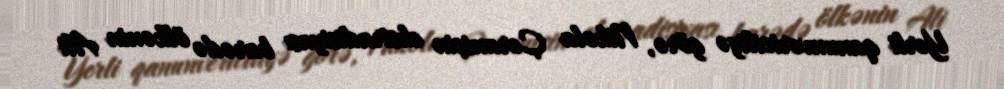
Yerli qanunvericiliyə görə, Nikola Çeraniçin ekstradisiyası barədə ölkənin Ali